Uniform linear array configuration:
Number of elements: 24
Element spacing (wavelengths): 0.75
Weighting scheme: blackman
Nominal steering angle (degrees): -45
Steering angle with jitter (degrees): -45.794
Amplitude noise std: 0.05
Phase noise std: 0.05

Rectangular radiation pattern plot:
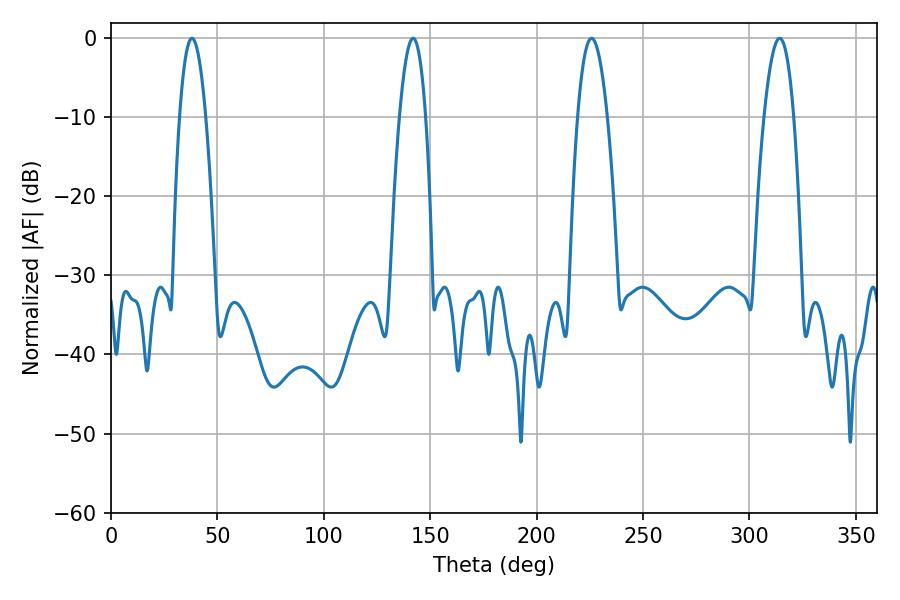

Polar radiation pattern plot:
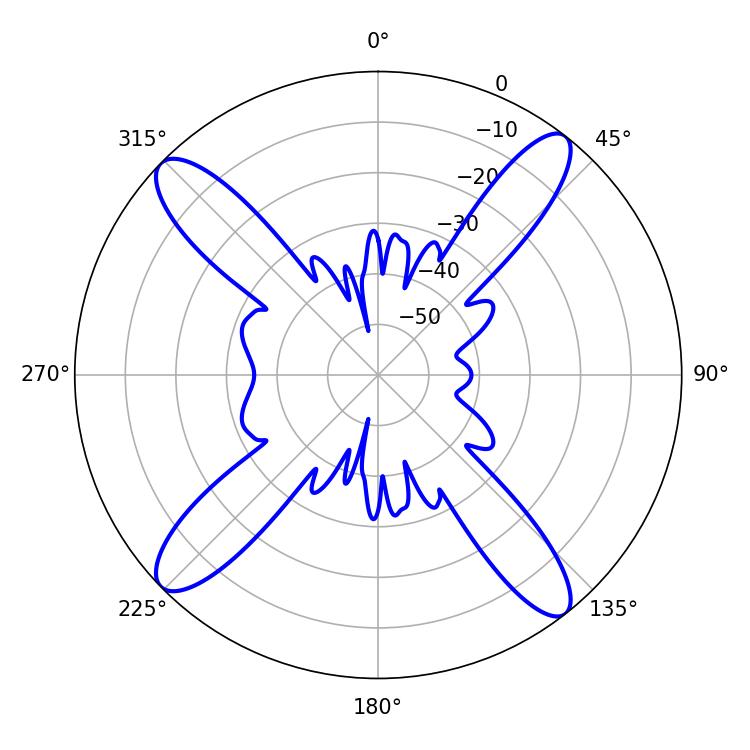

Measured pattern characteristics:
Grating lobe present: TRUE
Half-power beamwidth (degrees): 6.84
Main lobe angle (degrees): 37.98